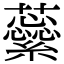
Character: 𧄜